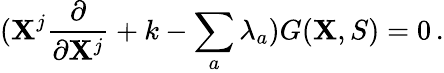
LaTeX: ({\mathbf X}^{j}\frac{\partial}{\partial{\mathbf X}^{j}}+k-\sum_{a}\lambda_{a})G({\mathbf X},S)=0\, .